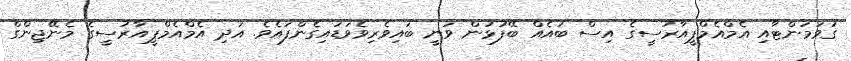
ގަވަމަންޓާއި އެމްއެމްޕީއާރުސީގެ އިސް ބައެއް ބޭފުޅުން ވަނީ ބައިވެރިވެވަޑައިގެންފައެވެ. އަދި އެމްއެމްޕީއާރުސީގެ މެނޭޖިންގް